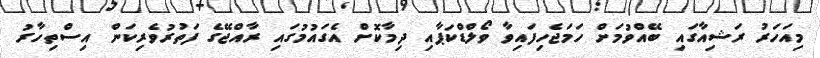
މިއަހަރު ރަޝިއާގައި ބޭއްވުމަށް ހަމަޖެހިފައިވާ ވޯލްޑްކަޕާއި ދިމާކޮށް އެގައުމުގައި ރާއްޖޭގެ ފަތުރުވެރިކަން އިސްތިހާރު